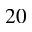
2 0